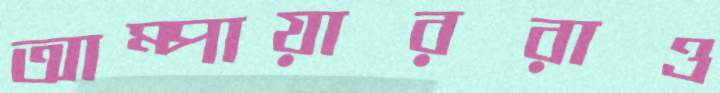
আম্পায়াররাও